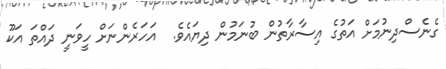
ގެނެސްދިނުމަށް އަތުގެ އިސާރާތުން ބުނަމުން ދިޔައެވެ.  އަހަރެންނަށް ހީވަނީ ދައްތަ އަކޫ